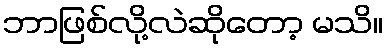
ဘာဖြစ်လို့လဲဆိုတော့ မသိ။